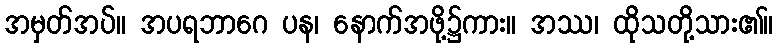
အမှတ်အပ်။ အပရဘာဂေ ပန၊ နောက်အဖို့၌ကား။ အဿ၊ ထိုသတို့သား၏။